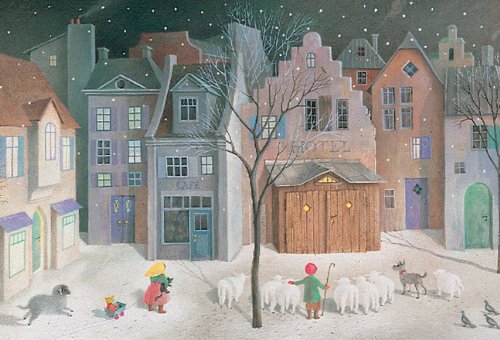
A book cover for Silent Night Calendar; Binette Schroeder; Calendars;